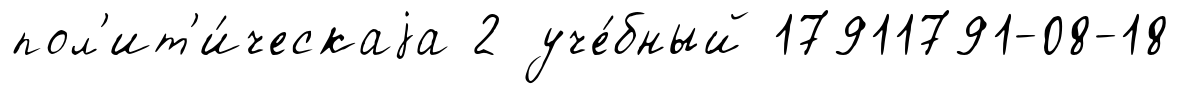
пол'ит'и́ческаjа 2 уче́бный 17911791-08-18